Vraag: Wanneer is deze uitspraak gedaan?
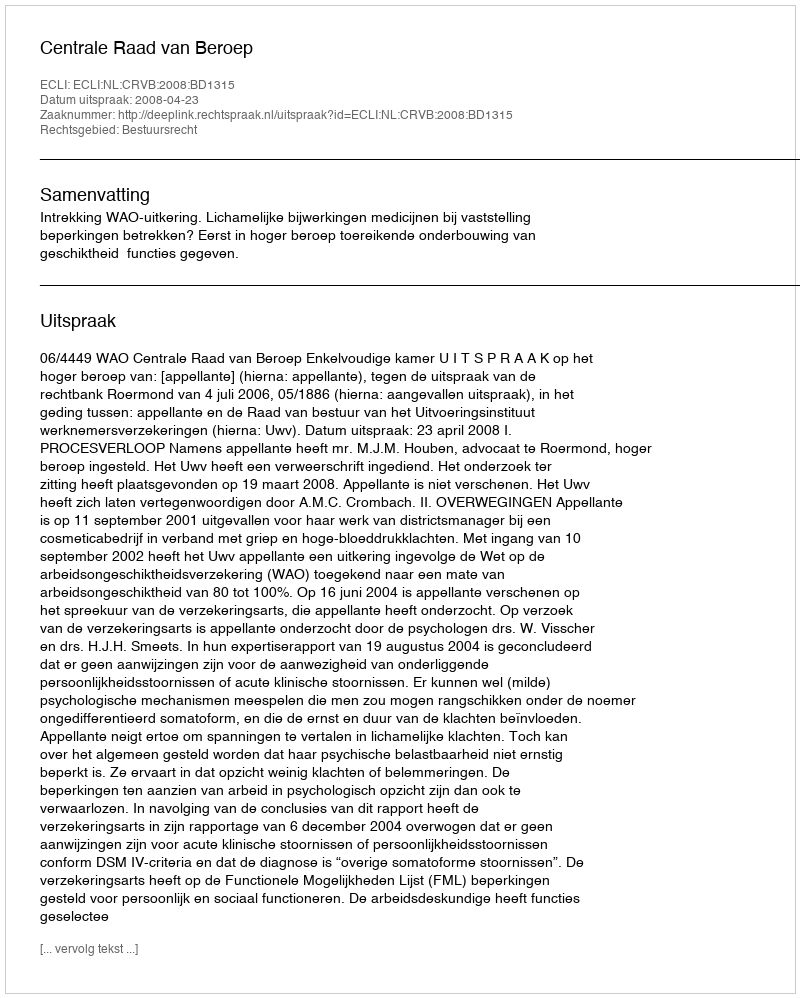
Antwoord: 2008-04-23